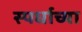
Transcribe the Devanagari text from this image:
स्पर्धाच्या